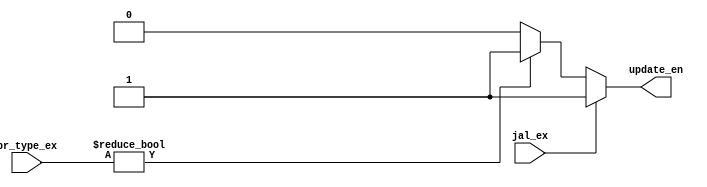
`timescale 1ns / 1ps
module Branch_Predict_Update (
	input jal_ex,
	input [2:0] br_type_ex,
	output reg update_en
);

	parameter NO_BR=3'd0;
	parameter YES=1'b1;
	parameter NO=1'b0;

	always @(*) 
	begin
		if(jal_ex)
			update_en=YES;
		else if(br_type_ex!=NO_BR)
			update_en=YES;
		else
			update_en=NO;	
	end
endmodule